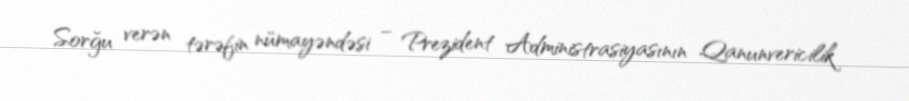
Sorğu verən tərəfin nümayəndəsi – Prezident Administrasiyasının Qanunvericilik